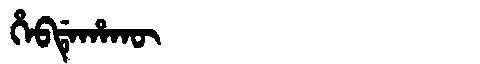
Manchu: ᡥᡝᠪᡩᡝᡥᠠᡴᡡ
Romanization: HEBDEHAKŪ